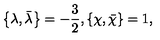
\left\{ \lambda , \bar { \lambda } \right\} = - \frac { 3 } { 2 } , \left\{ \chi , \bar { \chi } \right\} = 1 ,